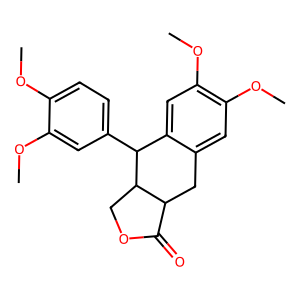
SMILES: COc1ccc(C2c3cc(OC)c(OC)cc3CC3C(=O)OCC32)cc1OC
Inhibits HIV replication: No